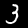
Digit: 3